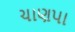
ચાણપા